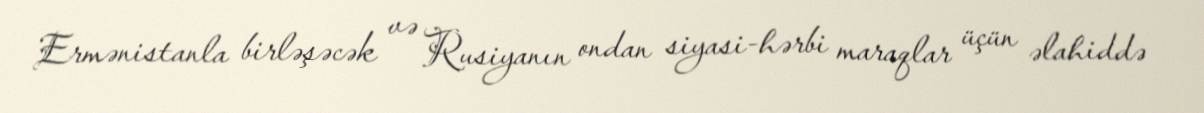
Ermənistanla birləşəcək və Rusiyanın ondan siyasi-hərbi maraqlar üçün əlahiddə